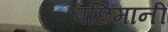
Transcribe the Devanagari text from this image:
पछिमानी